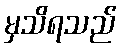
မှသိရသည်